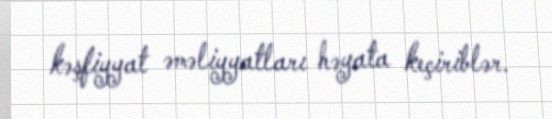
kəşfiyyat əməliyyatları həyata keçiriblər.